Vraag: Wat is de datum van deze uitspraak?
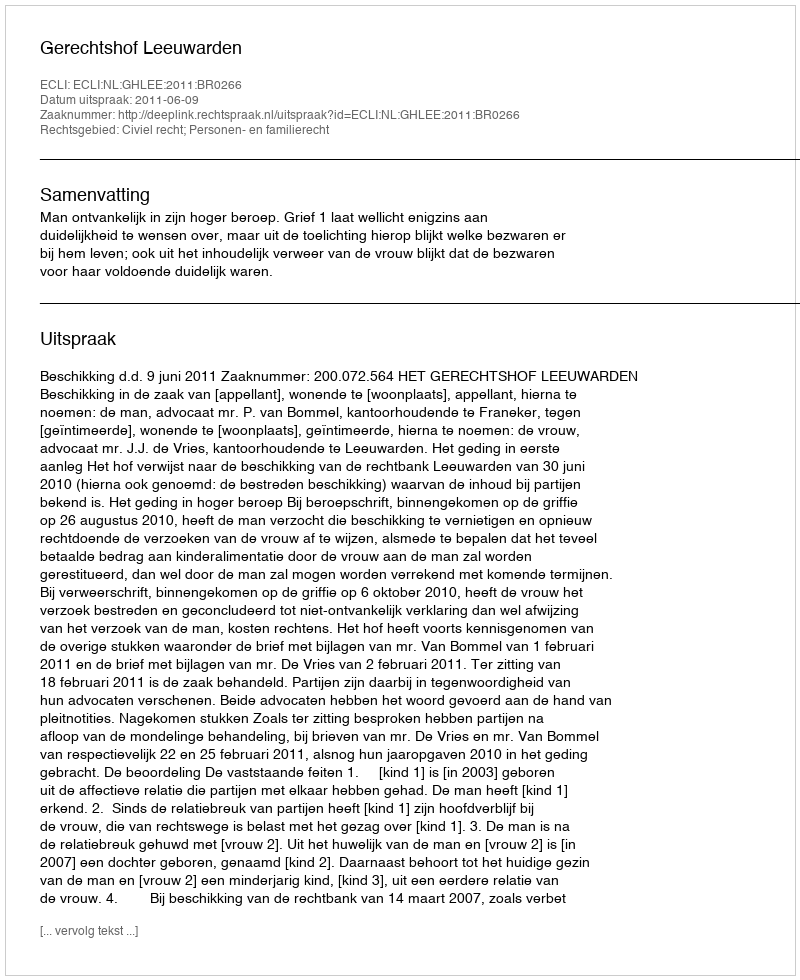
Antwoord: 2011-06-09